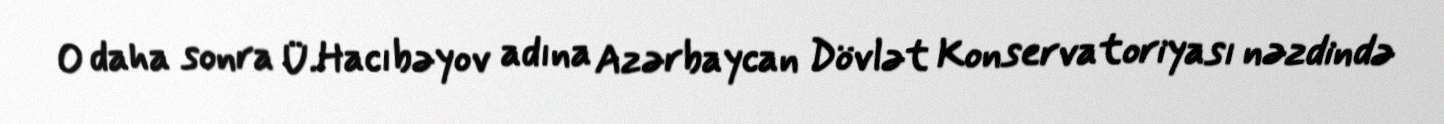
O daha sonra Ü.Hacıbəyov adına Azərbaycan Dövlət Konservatoriyası nəzdində